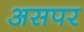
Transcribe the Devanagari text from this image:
असपर